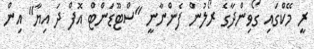
ރީ މޭކްގައި ގޯވިންދާގެ ރޯލުން ފެންނާނީ "ސްޓޫޑަންޓް އޮފް ދަ އިޔާ" އިން